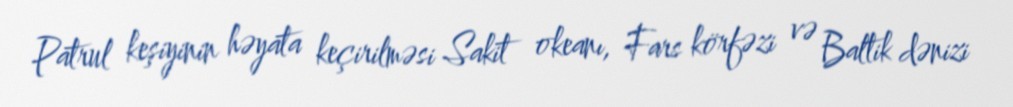
Patrul keşiyinin həyata keçirilməsi Sakit okeanı, Fars körfəzi və Baltik dənizi